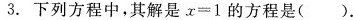
3.下列方程中，其解是$$x = 1$$的方程是( ).